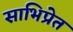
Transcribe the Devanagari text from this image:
साभिप्रेत